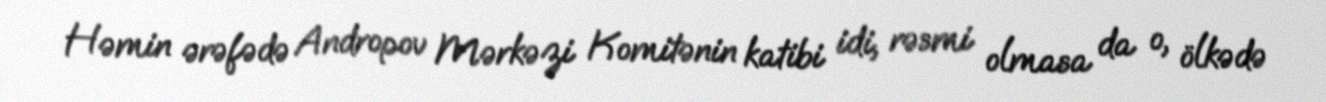
Həmin ərəfədə Andropov Mərkəzi Komitənin katibi idi, rəsmi olmasa da o, ölkədə